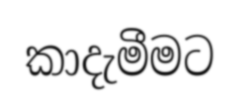
කාදැමීමට